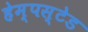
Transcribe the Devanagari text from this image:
हेम्पस्टेड